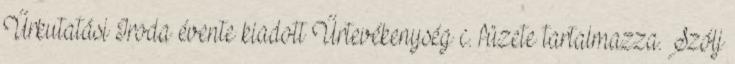
Űrkutatási Iroda évente kiadott Űrtevékenység c. füzete tartalmazza. Szólj